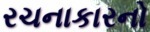
રચનાકારનો